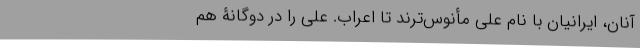
آنان، ایرانیان با نام علی مأنوس‌ترند تا اعراب. علی را در دوگانۀ هم